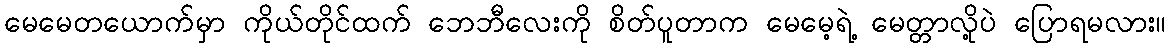
မေမေတယောက်မှာ ကိုယ်တိုင်ထက် ဘေဘီလေးကို စိတ်ပူတာက မေမေ့ရဲ့ မေတ္တာလို့ပဲ ပြောရမလား။